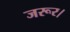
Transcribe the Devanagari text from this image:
जरूर।